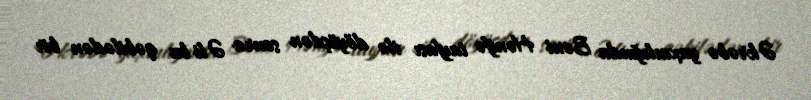
Əkrəbə yaxınlığında Bəni Hənifə tayfası ilə döyüşdən sonra Əli bu qəbilədən bir